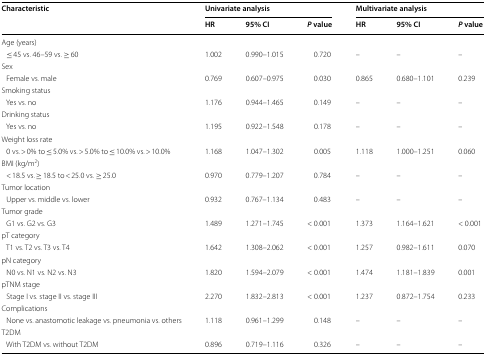
<table><thead><tr><td rowspan="2"><b>Characteristic</b></td><td colspan="3"><b>Univariate analysis</b></td><td colspan="3"><b>Multivariate analysis</b></td></tr><tr><td><b>HR</b></td><td><b>95% CI</b></td><td><b><i>P</i> value</b></td><td><b>HR</b></td><td><b>95% CI</b></td><td><b><i>P</i> value</b></td></tr></thead><tbody><tr><td colspan="7">Age (years)</td></tr><tr><td> ≤ 45 vs. 46–59 vs. ≥ 60</td><td>1.002</td><td>0.990–1.015</td><td>0.720</td><td>–</td><td>–</td><td>–</td></tr><tr><td colspan="7">Sex</td></tr><tr><td> Female vs. male</td><td>0.769</td><td>0.607–0.975</td><td>0.030</td><td>0.865</td><td>0.680–1.101</td><td>0.239</td></tr><tr><td colspan="7">Smoking status</td></tr><tr><td> Yes vs. no</td><td>1.176</td><td>0.944–1.465</td><td>0.149</td><td>–</td><td>–</td><td>–</td></tr><tr><td colspan="7">Drinking status</td></tr><tr><td> Yes vs. no</td><td>1.195</td><td>0.922–1.548</td><td>0.178</td><td>–</td><td>–</td><td>–</td></tr><tr><td colspan="7">Weight loss rate</td></tr><tr><td> 0 vs. &gt; 0% to ≤ 5.0% vs. &gt; 5.0% to ≤ 10.0% vs. &gt; 10.0%</td><td>1.168</td><td>1.047–1.302</td><td>0.005</td><td>1.118</td><td>1.000–1.251</td><td>0.060</td></tr><tr><td colspan="7">BMI (kg/m<sup>2</sup>)</td></tr><tr><td> &lt; 18.5 vs. ≥ 18.5 to &lt; 25.0 vs. ≥ 25.0</td><td>0.970</td><td>0.779–1.207</td><td>0.784</td><td>–</td><td>–</td><td>–</td></tr><tr><td colspan="7">Tumor location</td></tr><tr><td> Upper vs. middle vs. lower</td><td>0.932</td><td>0.767–1.134</td><td>0.483</td><td>–</td><td>–</td><td>–</td></tr><tr><td colspan="7">Tumor grade</td></tr><tr><td> G1 vs. G2 vs. G3</td><td>1.489</td><td>1.271–1.745</td><td>&lt; 0.001</td><td>1.373</td><td>1.164–1.621</td><td>&lt; 0.001</td></tr><tr><td colspan="7">pT category</td></tr><tr><td> T1 vs. T2 vs. T3 vs. T4</td><td>1.642</td><td>1.308–2.062</td><td>&lt; 0.001</td><td>1.257</td><td>0.982–1.611</td><td>0.070</td></tr><tr><td colspan="7">pN category</td></tr><tr><td> N0 vs. N1 vs. N2 vs. N3</td><td>1.820</td><td>1.594–2.079</td><td>&lt; 0.001</td><td>1.474</td><td>1.181–1.839</td><td>0.001</td></tr><tr><td colspan="7">pTNM stage</td></tr><tr><td> Stage I vs. stage II vs. stage III</td><td>2.270</td><td>1.832–2.813</td><td>&lt; 0.001</td><td>1.237</td><td>0.872–1.754</td><td>0.233</td></tr><tr><td colspan="7">Complications</td></tr><tr><td> None vs. anastomotic leakage vs. pneumonia vs. others</td><td>1.118</td><td>0.961–1.299</td><td>0.148</td><td>–</td><td>–</td><td>–</td></tr><tr><td colspan="7">T2DM</td></tr><tr><td> With T2DM vs. without T2DM</td><td>0.896</td><td>0.719–1.116</td><td>0.326</td><td>–</td><td>–</td><td>–</td></tr></tbody></table>